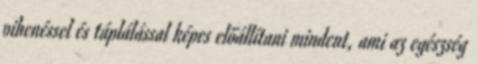
pihenéssel és táplálással képes előállítani mindent, ami az egészség